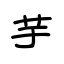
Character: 芋